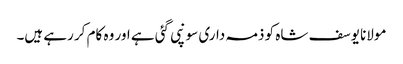
مولانا یوسف شاہ کو ذمہ داری سونپی گئی ہے اور وہ کام کر رہے ہیں۔